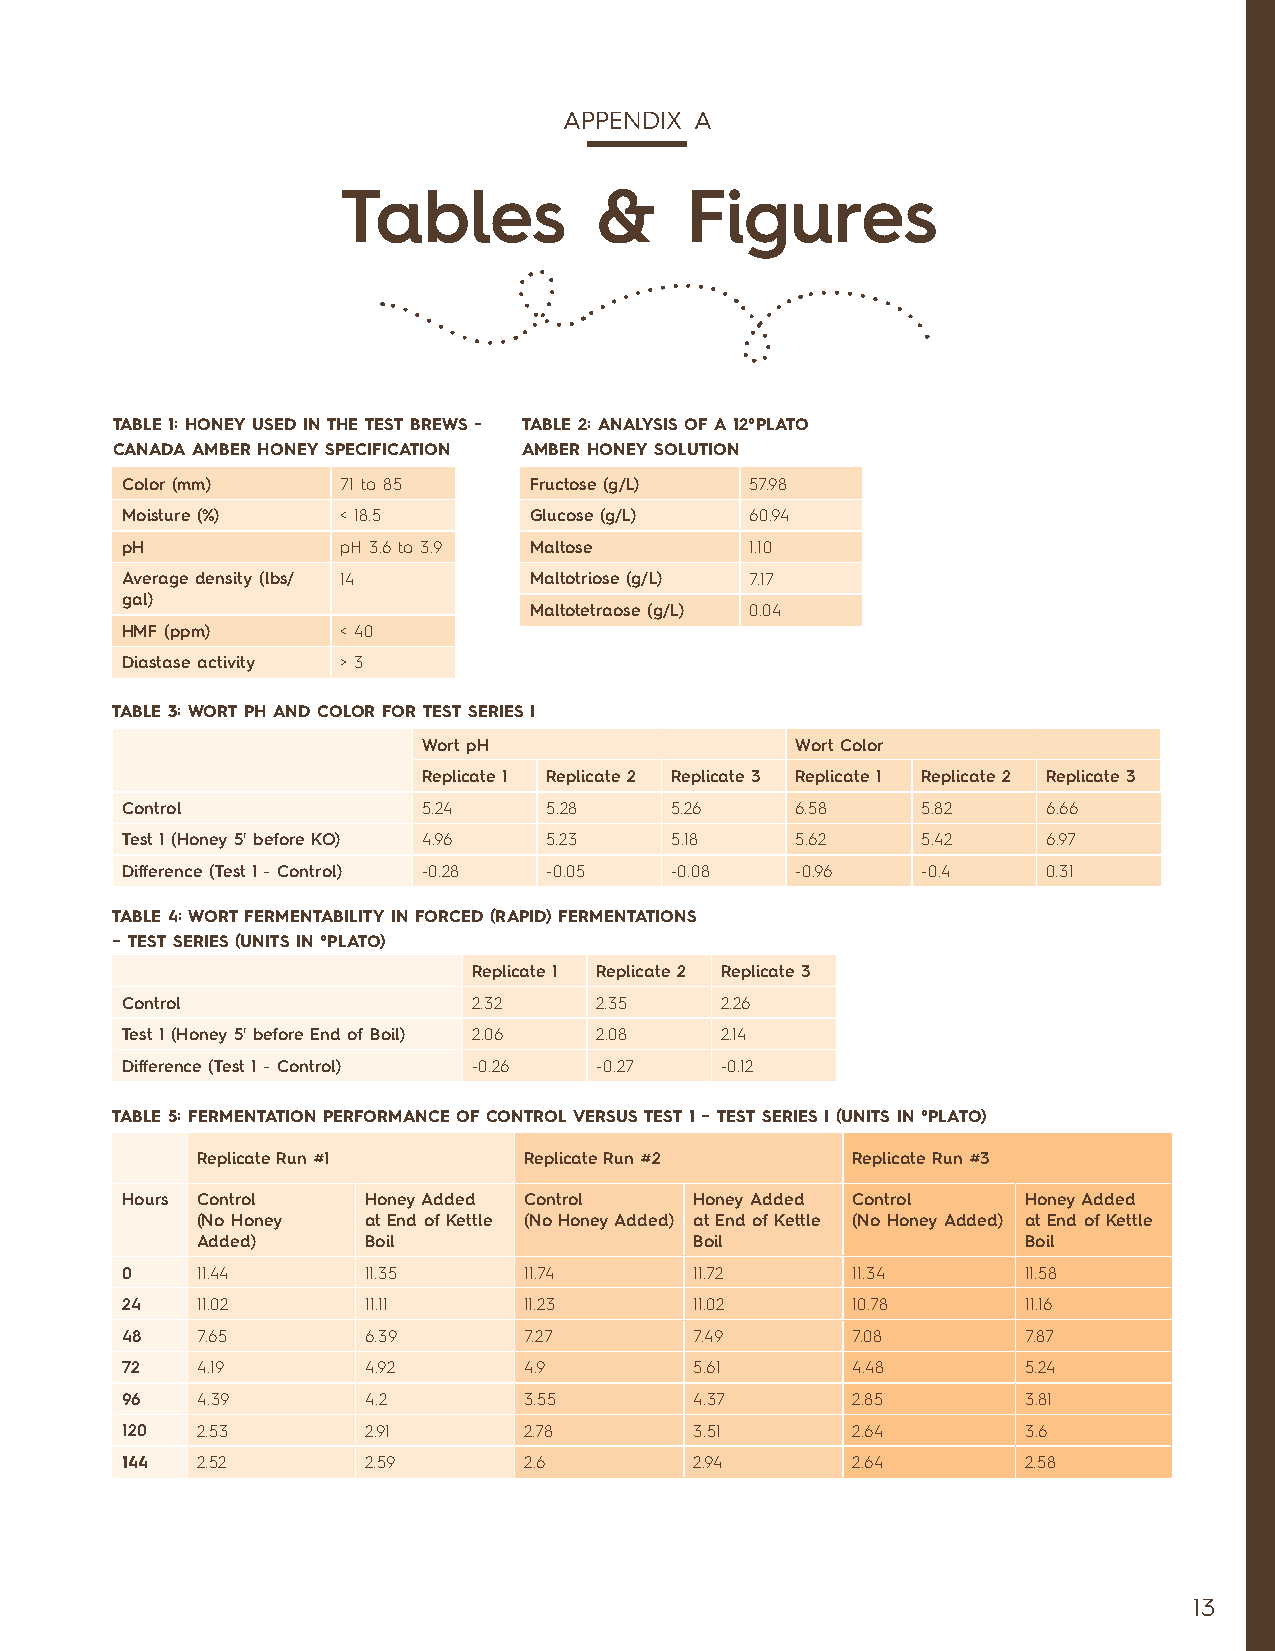
APPENDIX A
 Tables          &     Figures
 TABLE 1: HONEY USED IN THE TEST BREWS - TABLE 2: ANALYSIS OF A 12°PLATO
 CANADA AMBER HONEY SPECIFICATION AMBER HONEY SOLUTION
 Color (mm)     71 to 85    Fructose (g/L) 57.98
 Moisture (%)   < 18.5      Glucose (g/L)  60.94
 pH             pH 3.6 to 3.9 Maltose      1.10
 Average density (lbs/ 14   Maltotriose (g/L) 7.17
 gal)
 Maltotetraose (g/L) 0.04
 HMF (ppm)      < 40
 Diastase activity > 3
 TABLE 3: WORT PH AND COLOR FOR TEST SERIES I
 Wort pH                  Wort Color
 Replicate 1 Replicate 2 Replicate 3 Replicate 1 Replicate 2 Replicate 3
 Control             5.24    5.28    5.26     6.58    5.82    6.66
 Test 1 (Honey 5' before KO) 4.96 5.23 5.18   5.62    5.42    6.97
 Difference (Test 1 - Control) -0.28 -0.05 -0.08 -0.96 -0.4   0.31
 TABLE 4: WORT FERMENTABILITY IN FORCED (RAPID) FERMENTATIONS
 – TEST SERIES (UNITS IN °PLATO)
 Replicate 1 Replicate 2 Replicate 3
 Control                2.32    2.35     2.26
 Test 1 (Honey 5' before End of Boil) 2.06 2.08 2.14
 Difference (Test 1 - Control) -0.26 -0.27 -0.12
 TABLE 5: FERMENTATION PERFORMANCE OF CONTROL VERSUS TEST 1 – TEST SERIES I (UNITS IN °PLATO)
 Replicate Run #1      Replicate Run #2     Replicate Run #3
 Hours Control   Honey Added Control   Honey Added Control   Honey Added
 (No Honey  at End of Kettle (No Honey Added) at End of Kettle (No Honey Added) at End of Kettle
 Added)     Boil                  Boil                  Boil
 0    11.44      11.35      11.74      11.72     11.34       11.58
 24   11.02      11.11      11.23      11.02     10.78       11.16
 48   7.65       6.39       7.27       7.49      7.08        7.87
 72   4.19       4.92       4.9        5.61      4.48        5.24
 96   4.39       4.2        3.55       4.37      2.85        3.81
 120  2.53       2.91       2.78       3.51      2.64        3.6
 144  2.52       2.59       2.6        2.94      2.64        2.58
 13